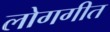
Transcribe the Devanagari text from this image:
लोगगीत